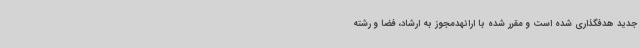
جدید هدفگذاری شده است و مقرر شده با ارائهدمجوز به ارشاد، فضا و رشته